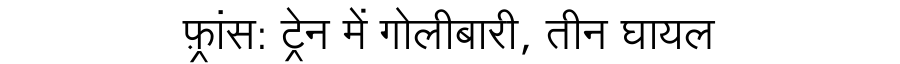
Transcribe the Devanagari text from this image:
फ़्रांस: ट्रेन में गोलीबारी, तीन घायल